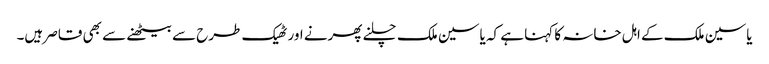
یاسین ملک کے اہل خانہ کا کہنا ہے کہ یاسین ملک چلنے پھرنے اور ٹھیک طرح سے بیٹھنے سے بھی قاصر ہیں۔